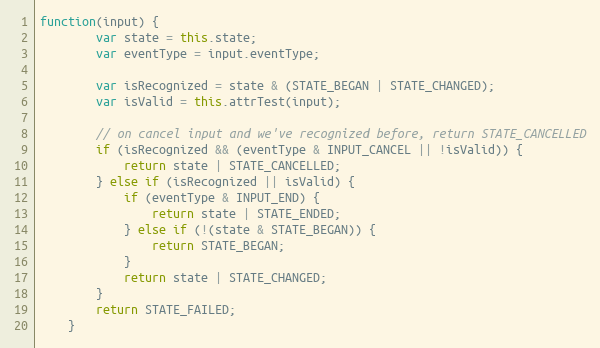
Language: JavaScript
function(input) {
        var state = this.state;
        var eventType = input.eventType;

        var isRecognized = state & (STATE_BEGAN | STATE_CHANGED);
        var isValid = this.attrTest(input);

        // on cancel input and we've recognized before, return STATE_CANCELLED
        if (isRecognized && (eventType & INPUT_CANCEL || !isValid)) {
            return state | STATE_CANCELLED;
        } else if (isRecognized || isValid) {
            if (eventType & INPUT_END) {
                return state | STATE_ENDED;
            } else if (!(state & STATE_BEGAN)) {
                return STATE_BEGAN;
            }
            return state | STATE_CHANGED;
        }
        return STATE_FAILED;
    }